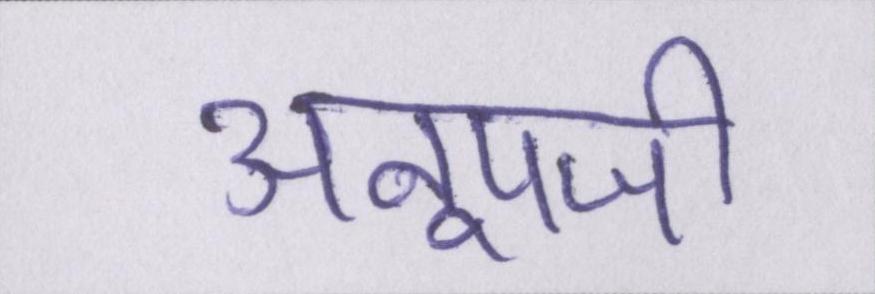
अनूपजी